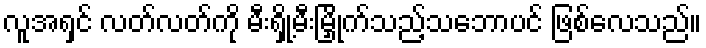
လူအရှင် လတ်လတ်ကို မီးရှို့မီးမြှိုက်သည့်သဘောပင် ဖြစ်လေသည်။